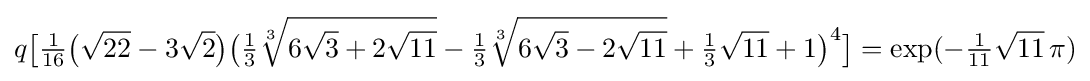
q{\bigl [}{\tfrac {1}{16}}{\bigl (}{\sqrt {22}}-3{\sqrt {2}}{\bigr )}{\bigl (}{\tfrac {1}{3}}{\sqrt[{3}]{6{\sqrt {3}}+2{\sqrt {11}}}}-{\tfrac {1}{3}}{\sqrt[{3}]{6{\sqrt {3}}-2{\sqrt {11}}}}+{\tfrac {1}{3}}{\sqrt {11}}+1{\bigr )}^{4}{\bigr ]}=\exp(-{\tfrac {1}{11}}{\sqrt {11}}\,\pi )